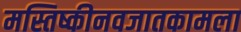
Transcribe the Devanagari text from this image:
मस्तिष्कीनवजातकामला